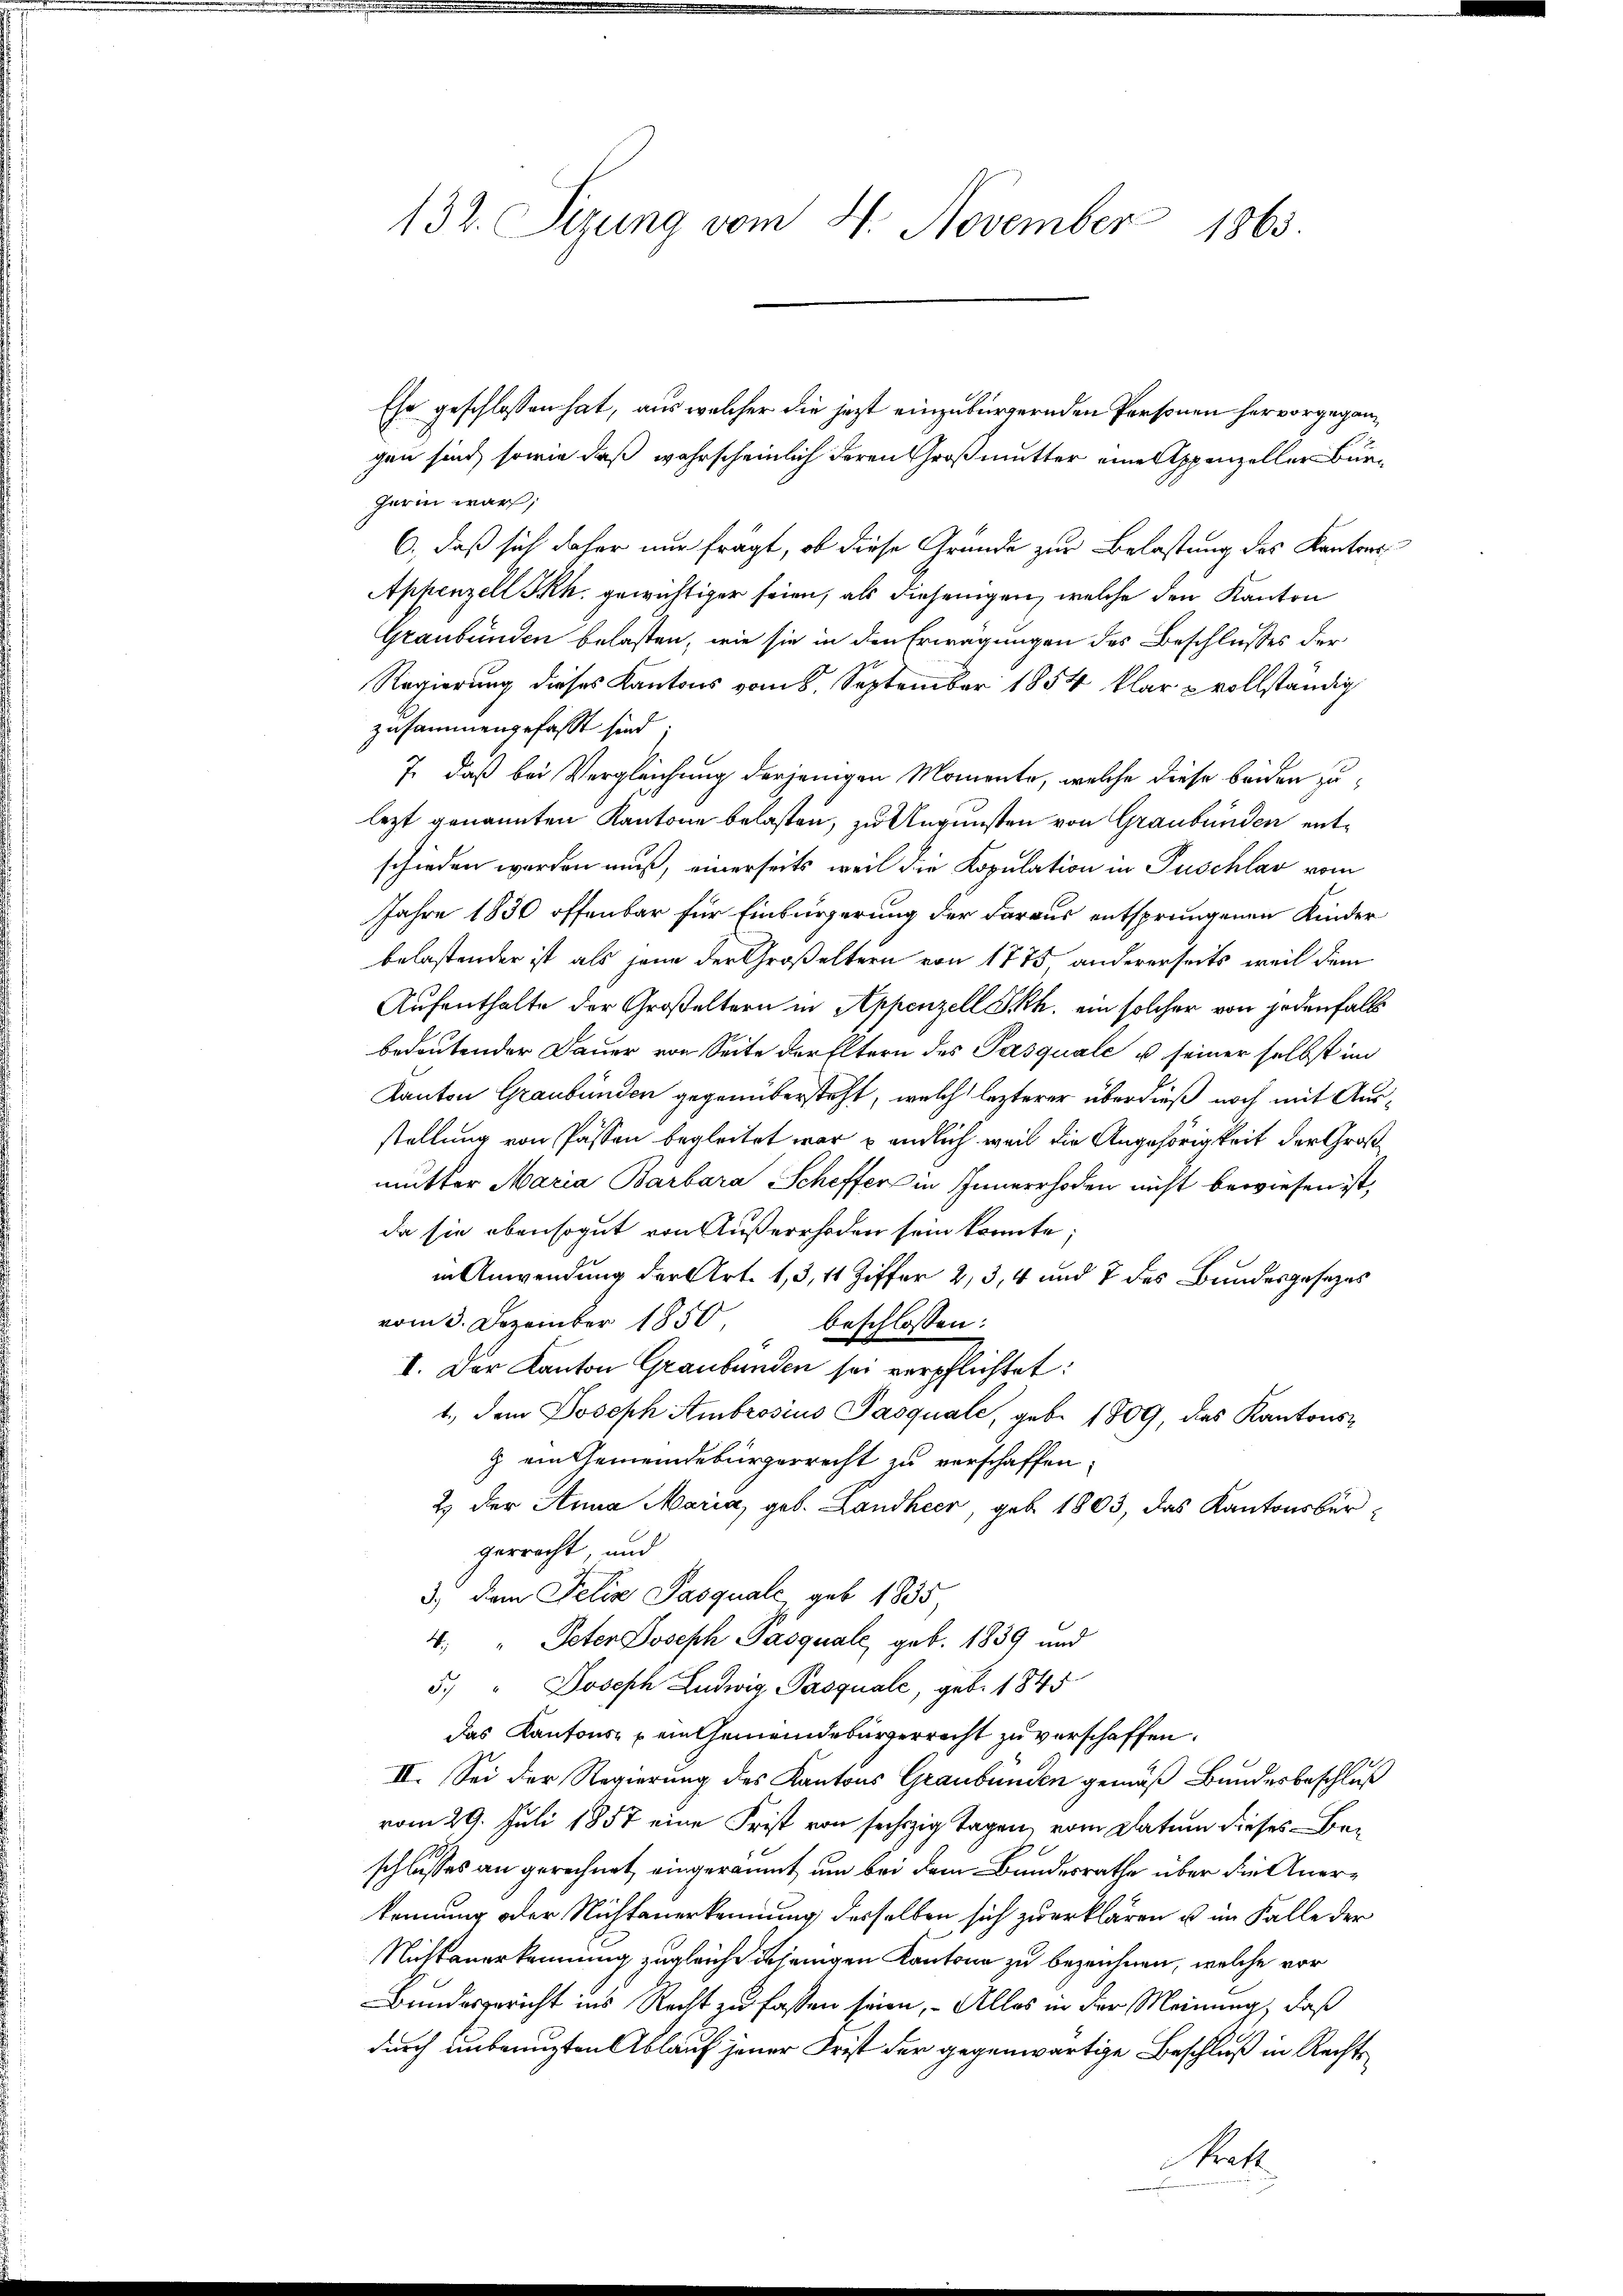
132. Sezung vom 4. November 1863.

Ehe geschlossen hat, aus welcher die jezt einzubürgernden Personen hervorgegangen sind, sowie daß wahrscheinlich deren Großmutter eine Appenzeller Bürharin war;
6., daß sich daher nur frägt, ob diese Gründe zur Belastung des Kantons¬
Appenzell SRh. gewichtiger seien, als diejenigen, welche den Kanton
Graubünden belasten, wie sie in den Erwägungen des Beschlusses der
Regierung dieses Kantons vom 8. September 1854 klar vollständig
zusammengefasst sind.
7. daß bei Vergleichung derjenigen Momente, welche diese beiden zulezt genannten Kantone belasten, zu Augunsten von Graubünden entschieden werden muß, einerseits, weil die Kopulation in Puschlav vom
Jahre 1830 offenbar für Einbürgerung der daraus entsprungenen Kinder
belastender ist als jene der Großeltern von 1775, andererseits weil dem
Aufenthalte der Großeltern in Appenzell PRh. ein solcher von jedenfalls
bedeutender Dauer von Seite der Eltern des Pasquale u. seiner selbst im
Kanton Graubünden gegenübersteht, welch lezterer überdieß noch mit Ausstellung von Passen begleitet war endlich weil die Angehörigkeit der Großmutter Maria Barbara Scheffer in Innerrhoden nicht bewiesen ist,
da sie ebensogut von Außerrhoden sein könnte;
in Anwendung der Art. 13, 11 Ziffer 23, 4 und 7 des Bundesgesezes
vom 3. Dezember 1850, beschlossen:
I. Der Kanton Graubünden sei verpflichtet:
1., dem Joseph Ambrosius Pasquale, geb. 1809, das Kantons-
g ein Gemeindebürgerrecht zu verschaffen.
2.) Der Anna Maria, geb. Landheer, geb. 1803, das Kantonsbürgerrecht, und
3.) dem Felix Pasquale, geb. 1835
4. " Peten Joseph Pasquale, geb. 1839 und
5. " Joseph Ludwig Pasquale, geb. 1845
das Kantons- u ein Gemeindebürgerrecht zu verschaffen.
II. Sei der Regierung des Kantons Graubünden gemäß Bundesbeschluß
vom 29. Juli 1857 eine Frist von sechzig Tagen, vom Datum dieses Beschlusses an gerechnet, eingeräumt, um bei dem Bandesrathe über die Anerkennung oder Nichtanerkennung desselben sich zu erklären u im Falle der
Nichtanerkennung zugleich jenigen Kantone zu bezeichnen, welche vor
Bundesgericht ins Recht zu fassen seien, – Alles in der Meinung, daß
durch unbeengten Ablauf jener Frist der gegenwärtige Beschluß in Rechtskraft